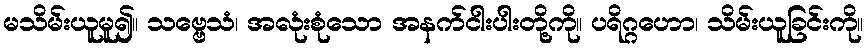
မသိမ်းယူမူ၍။ သဗ္ဗေသံ၊ အလုံးစုံသော အနက်ငါးပါးတို့ကို။ ပရိဂ္ဂဟော၊ သိမ်းယူခြင်းကို။